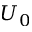
U _ { 0 }